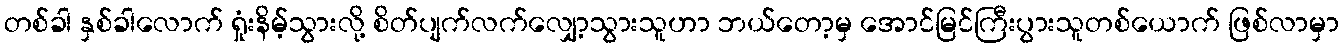
တစ်ခါ နှစ်ခါလောက် ရှုံးနိမ့်သွားလို့ စိတ်ပျက်လက်လျှော့သွားသူဟာ ဘယ်တော့မှ အောင်မြင်ကြီးပွားသူတစ်ယောက် ဖြစ်လာမှာ